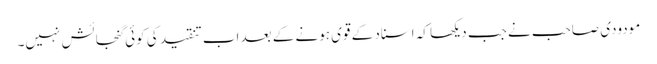
مودودی صاحب نے جب دیکھا کہ اسناد کے قوی ہونے کے بعد اب تنقید کی کوئی گنجائش نہیں۔